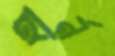
হার্ন